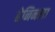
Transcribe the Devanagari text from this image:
हेनिनला